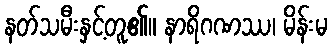
နတ်သမီးနှင့်တူ၏။ နာရိဂဏဿ၊ မိန်းမ